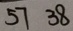
5 7 3 8